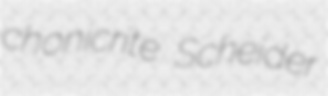
chonicrite Scheider